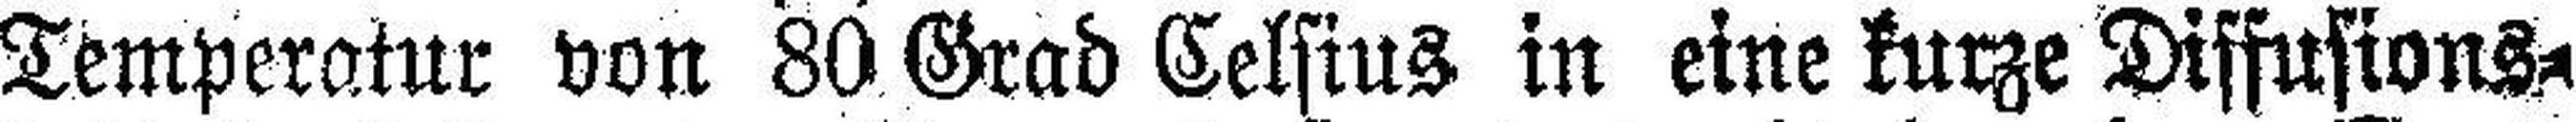
Temperatur von 80 Grad Celsius in eine kurze Diffusions¬